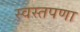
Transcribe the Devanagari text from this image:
स्वस्तपणा